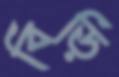
বিড়ি